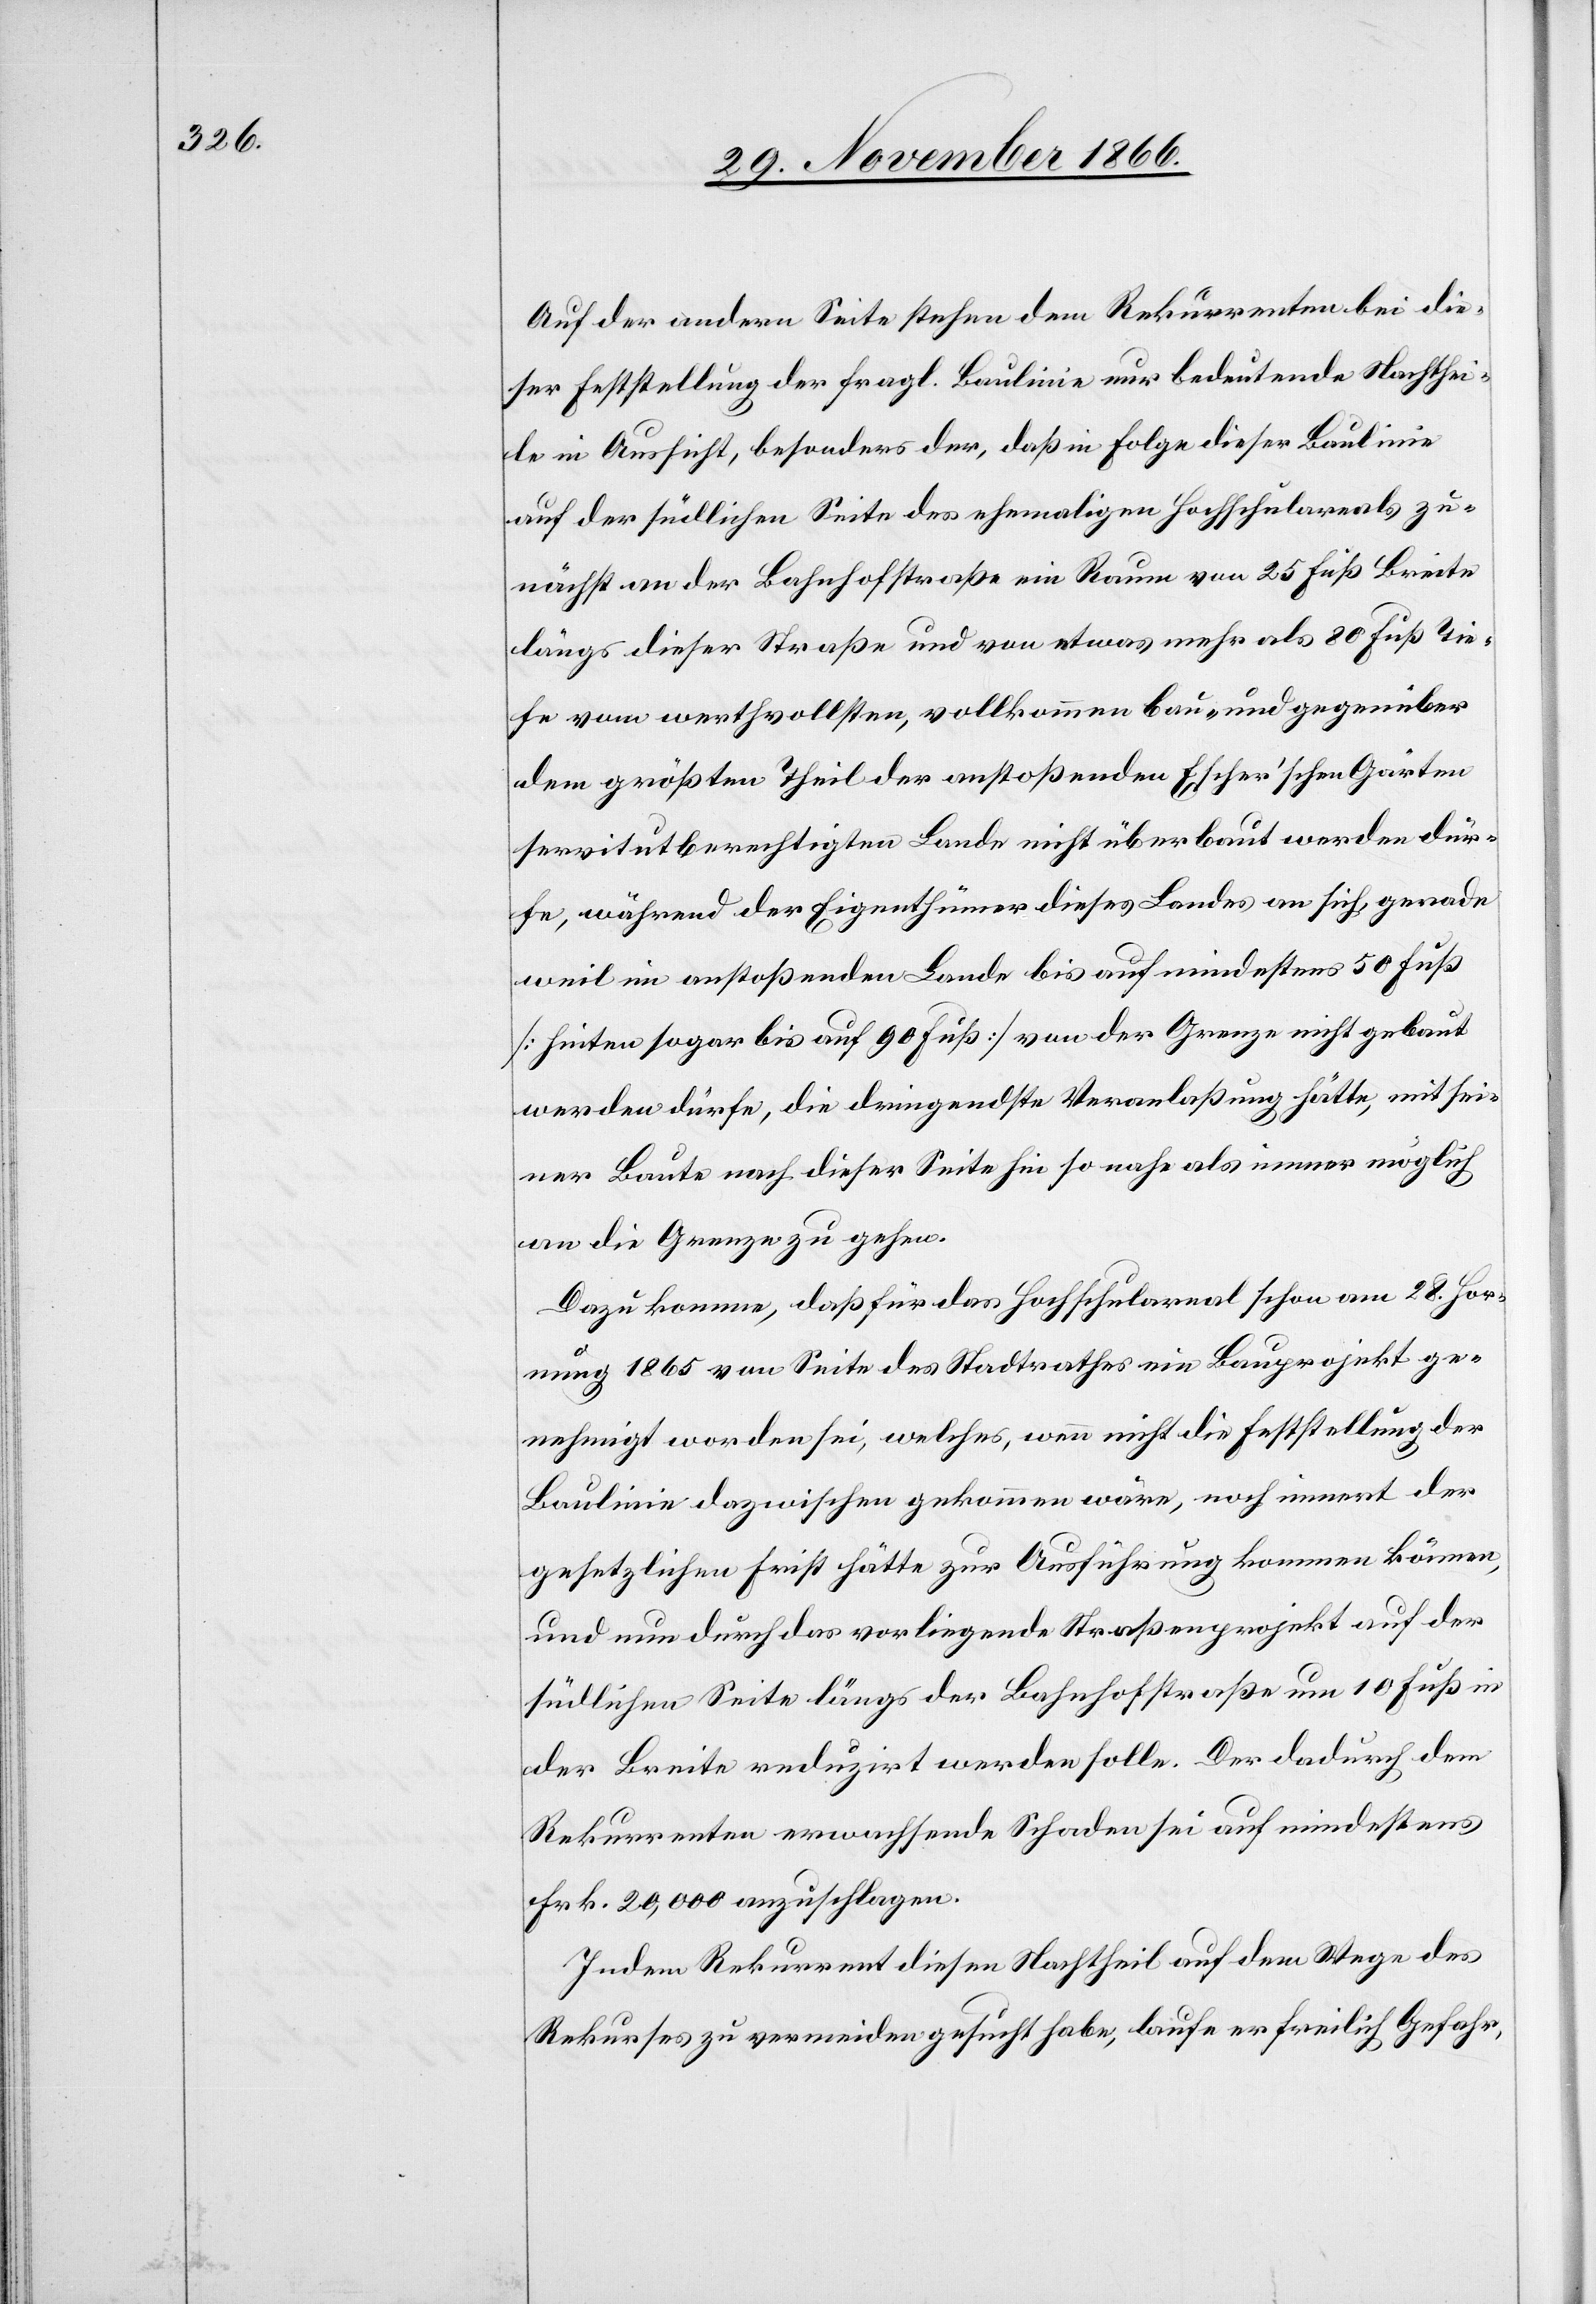
Auf der andern Seite stehen dem Rekurrenten bei die¬
ser Feststellung der fragl. Baulinie nur bedeutende Nachthei¬
le in Aussicht, besonders der, daß in Folge dieser Baulinie
auf der südlichen Seite des ehemaligen Hochschulareals zu¬
nächst an der Bahnhofstraße ein Raum von 25 Fuß Breite
längs dieser Straße und von etwas mehr als 80 Fuß Tie¬
fe vom werthvollsten, vollkommen bau- und gegenüber
dem größten Theil der anstoßenden Escher’schen Gärten
servitutberechtigten Lande nicht überbaut werden dür¬
fe, während der Eigenthümer dieses Landes an sich, gerade
weil im anstoßenden Lande bis auf mindestens 50 Fuß
[hinten sogar bis auf 90 Fuß] von der Grenze nicht gebaut
werden dürfe, die dringendste Veranlaßung hätte, mit sei¬
ner Baute nach dieser Seite hin so nahe als immer möglich
an die Grenze zu gehen.
Dazu komme, daß für das Hochschulareal schon am 28. Hor¬
nung 1865 von Seite des Stadtrathes ein Bauprojekt ge¬
nehmigt worden sei, welches, wenn nicht die Feststellung der
Baulinie dazwischen gekommen wäre, noch innert der
gesetzlichen Frist hätte zur Ausführung kommen können,
und nun durch das vorliegende Straßenprojekt auf der
südlichen Seite längs der Bahnhofstraße um 10 Fuß in
der Breite reduzirt werden solle. Der dadurch dem
Rekurrenten erwachsende Schaden sei auf mindestens
Frk. 20 000 anzuschlagen.
Indem Rekurrent diesen Nachtheil auf dem Wege des
Rekurses zu vermeiden gesucht habe, laufe er freilich Gefahr,